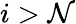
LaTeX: i>\mathcal{N}